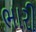
ભારી